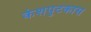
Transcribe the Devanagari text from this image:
केशपुटकास